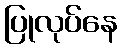
ပြုလုပ်နေ